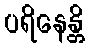
ပရိနေန္တိ